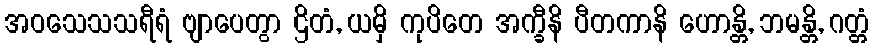
အဝသေသသရီရံ ဗျာပေတွာ ဌိတံ, ယမှိ ကုပိတေ အက္ခီနိ ပီတကာနိ ဟောန္တိ, ဘမန္တိ, ဂတ္တံ